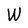
Character: W